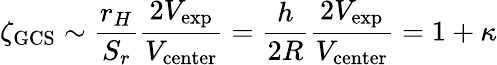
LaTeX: \zeta_{\mathrm{{GCS}}}\sim\frac{r_{H}}{S_{r}}\frac{2V_{\mathrm{{exp}}}}{V_{\mathrm{center}}}=\frac{h}{2R}\frac{2V_{\mathrm{{exp}}}}{V_{\mathrm{center}}}=1+\kappa